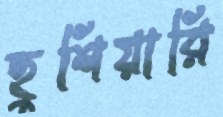
হুশিয়ারি